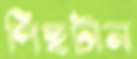
পিছটান